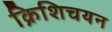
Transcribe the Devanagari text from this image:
क्रिशिचयन